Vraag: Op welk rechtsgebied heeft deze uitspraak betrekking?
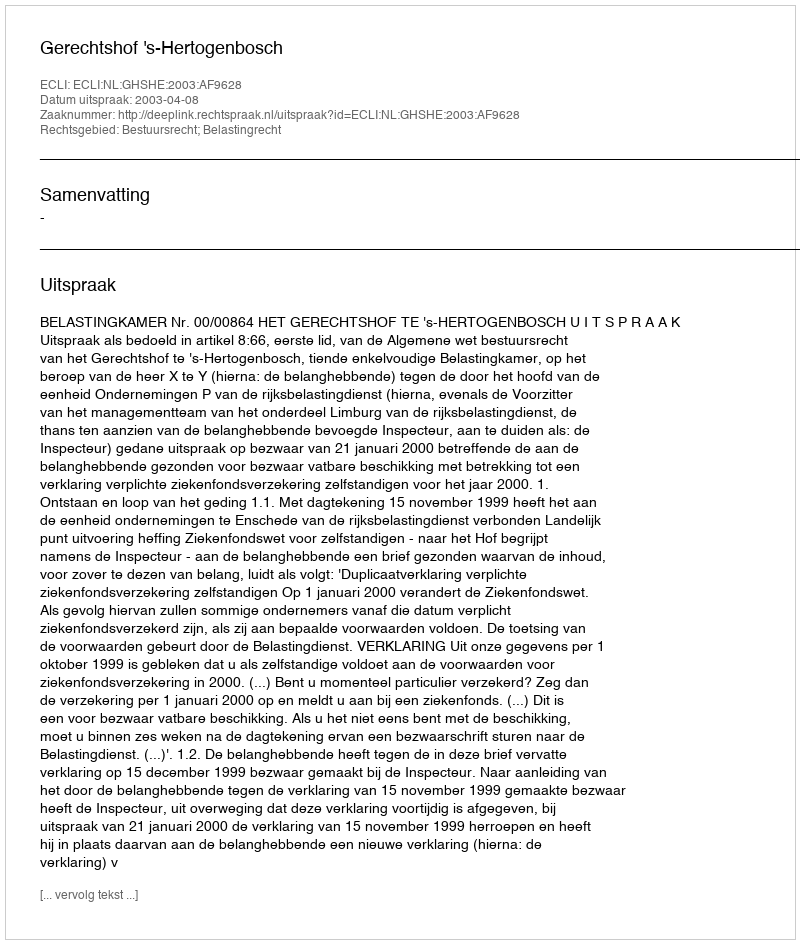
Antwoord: Bestuursrecht; Belastingrecht